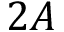
2 A